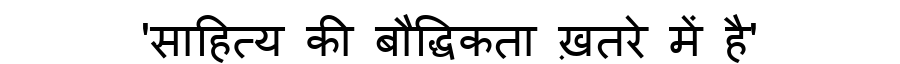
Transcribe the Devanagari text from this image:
'साहित्य की बौद्धिकता ख़तरे में है'